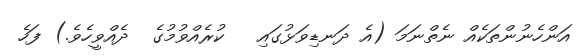
އަންހެނުންތަކެއް ނެތްނަމަ (އެ ދަނޑިވަޅުގައި   ކުރެއްވުމުގެ  ދެއްވީހެވެ.) ފަހެ